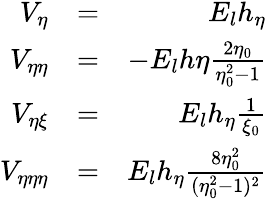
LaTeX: \begin{array}{rlr}{V_{\eta}}&{=}&{E_{l}h_{\eta}}\\ {V_{\eta\eta}}&{=}&{-E_{l}h\eta\frac{2\eta_{0}}{\eta_{0}^{2}-1}}\\ {V_{\eta\xi}}&{=}&{E_{l}h_{\eta}\frac{1}{\xi_{0}}}\\ {V_{\eta\eta\eta}}&{=}&{E_{l}h_{\eta}\frac{8\eta_{0}^{2}}{(\eta_{0}^{2}-1)^{2}}}\end{array}